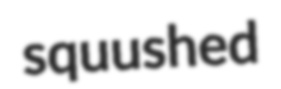
squushed